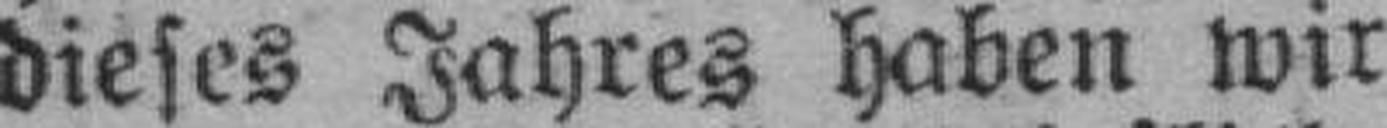
dieses Jahres haben wir